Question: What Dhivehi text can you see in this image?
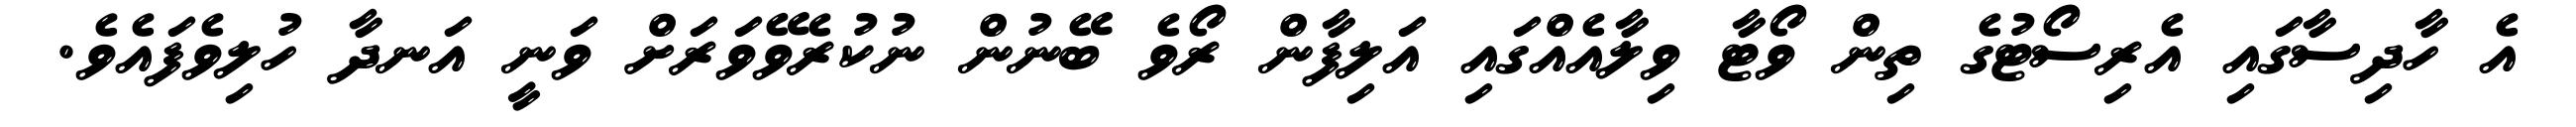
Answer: އެ ހާދިސާގައި އެރިސޯޓުގެ ތިން ވޯޓާ ވިލާއެއްގައި އަލިފާން ރޯވެ ބޭނުން ނުކުރެވޭވަރަށް ވަނީ އަނދާ ހުލިވެފައެވެ.